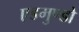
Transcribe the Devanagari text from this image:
एडमुण्डो